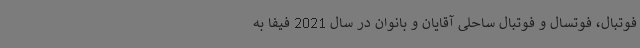
فوتبال، فوتسال و فوتبال ساحلی آقایان و بانوان در سال 2021 فیفا به